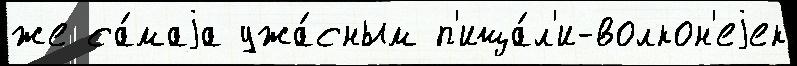
же са́маjа ужа́сным п'ища́л'и-волкон'еjек